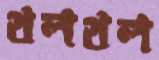
থলথল